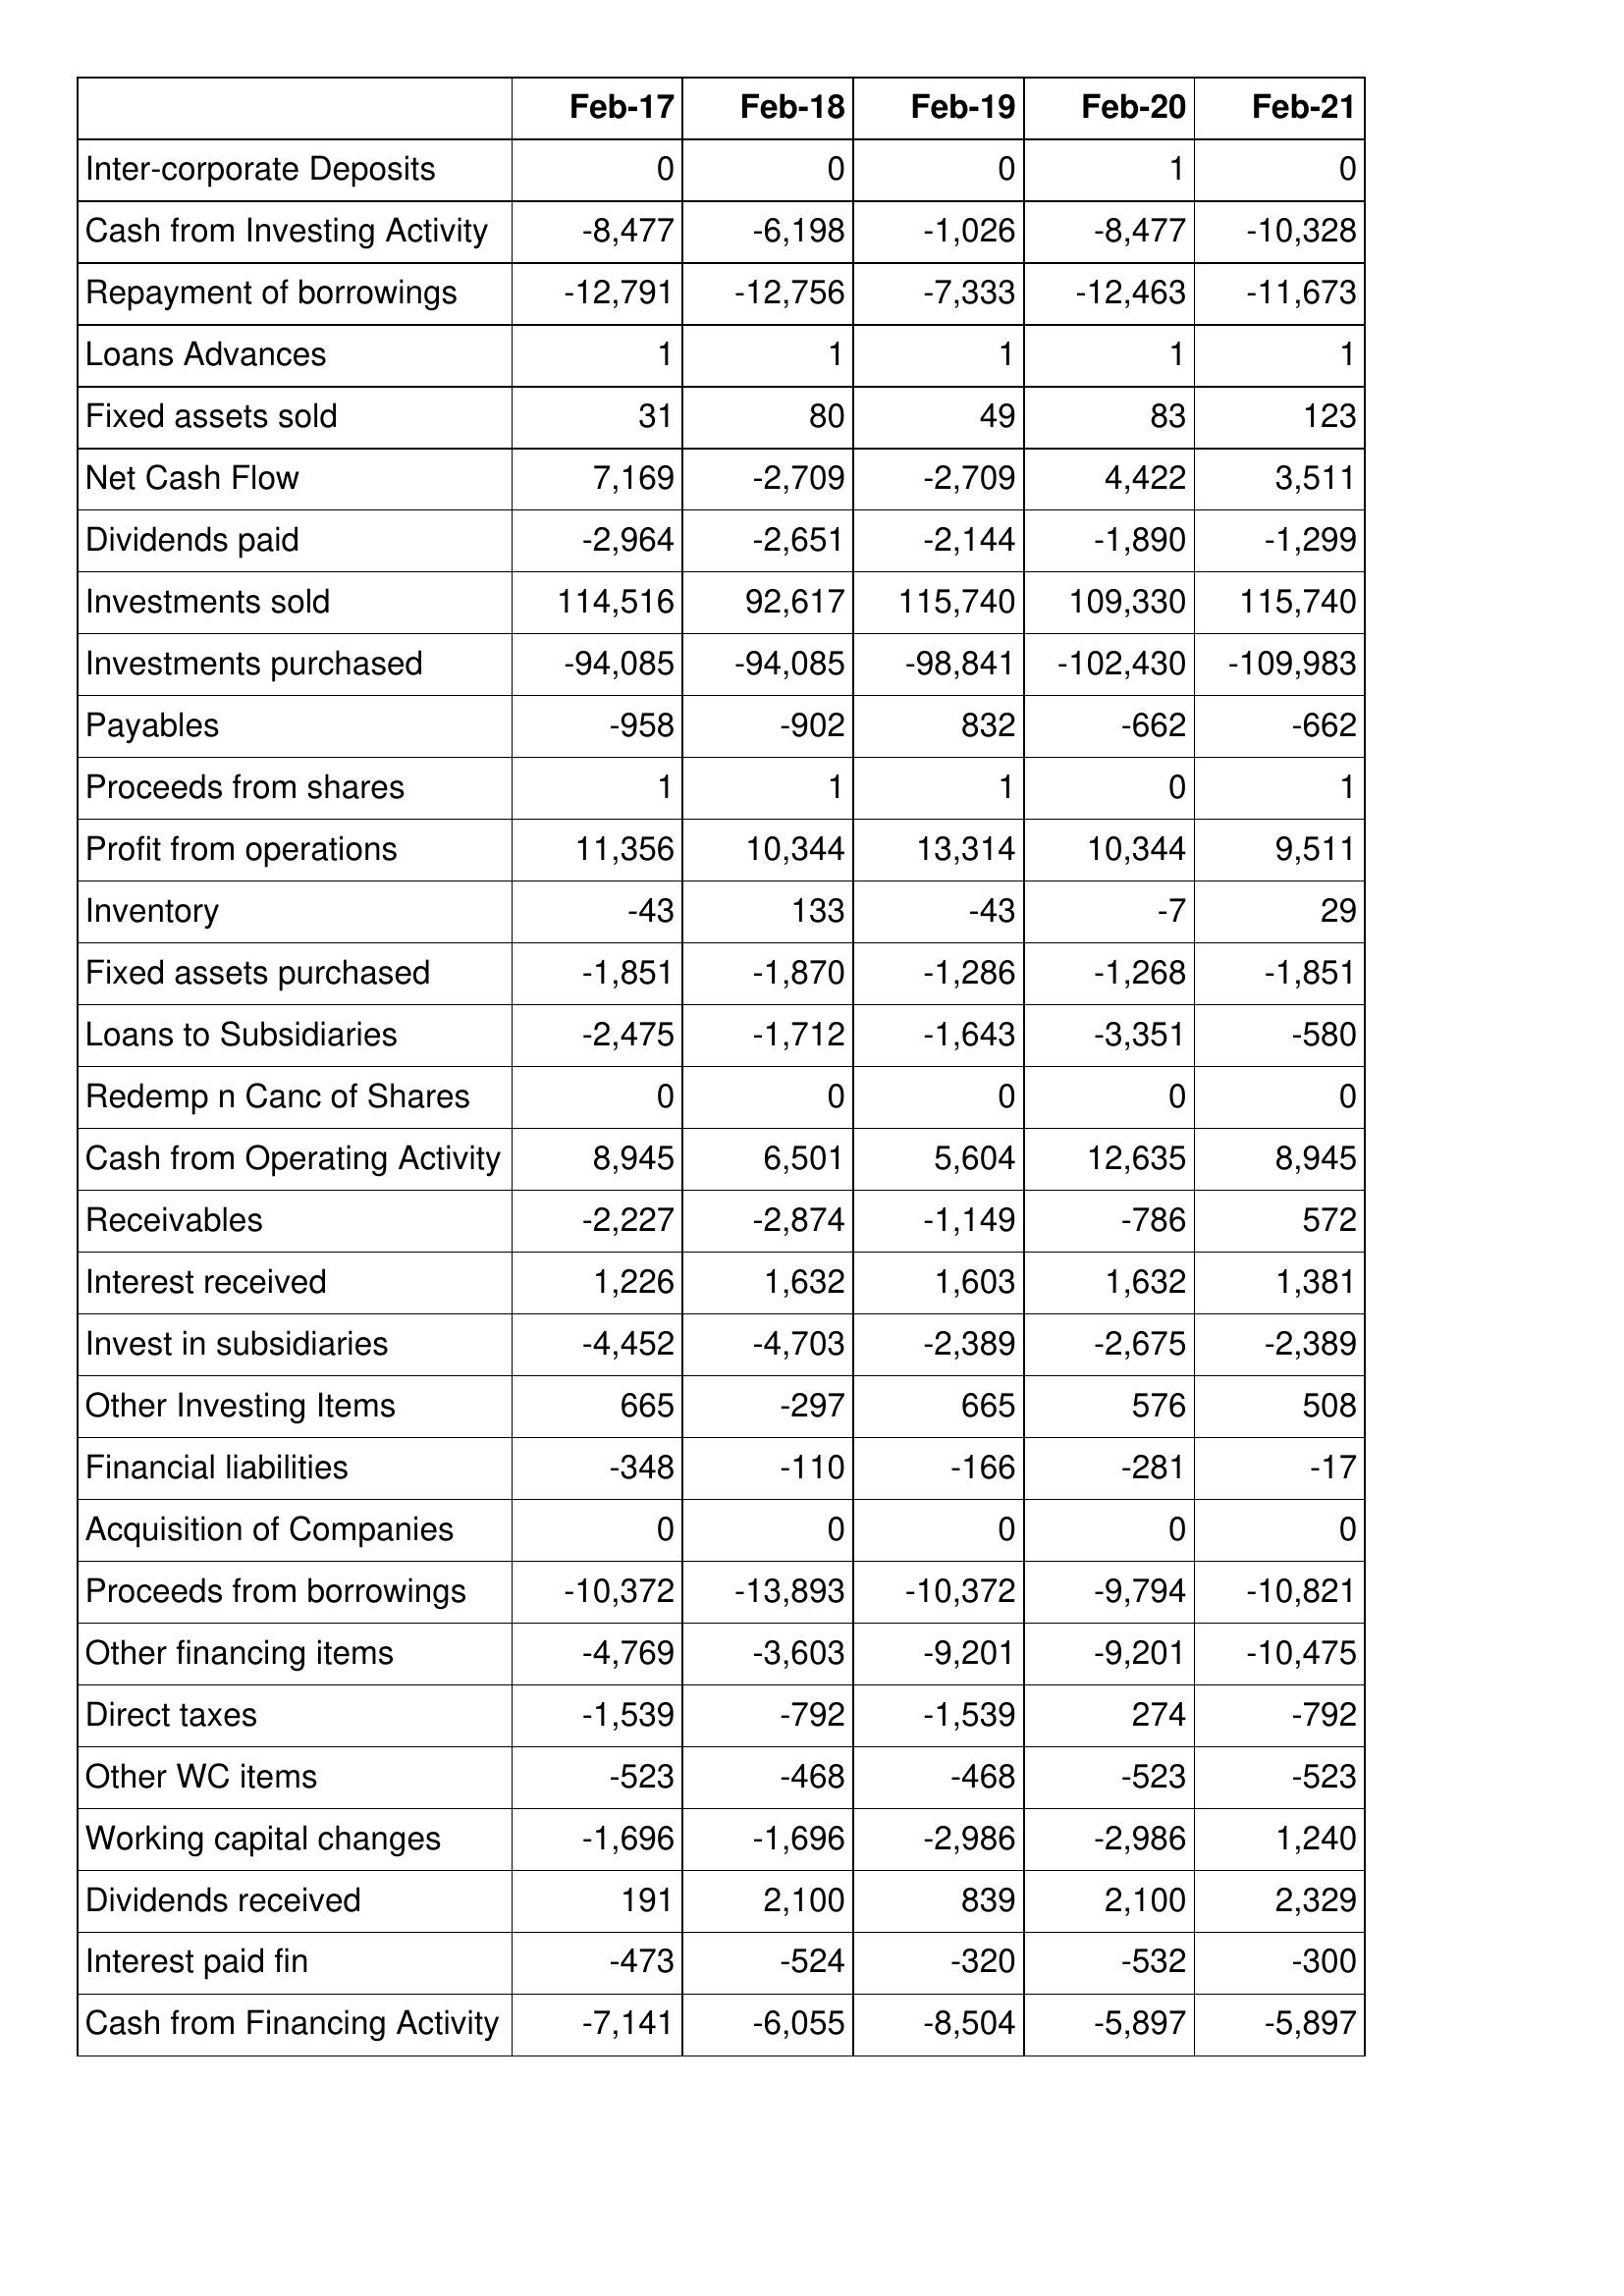
Feb-17: Cash Flows: Inter-corporate Deposits: 0
Cash from Investing Activity: -8,477
Repayment of borrowings: -12,791
Loans Advances: 1
Fixed assets sold: 31
Net Cash Flow: 7,169
Dividends paid: -2,964
Investments sold: 114,516
Investments purchased: -94,085
Payables: -958
Proceeds from shares: 1
Profit from operations: 11,356
Inventory: -43
Fixed assets purchased: -1,851
Loans to Subsidiaries: -2,475
Redemp n Canc of Shares: 0
Cash from Operating Activity: 8,945
Receivables: -2,227
Interest received: 1,226
Invest in subsidiaries: -4,452
Other Investing Items: 665
Financial liabilities: -348
Acquisition of Companies: 0
Proceeds from borrowings: -10,372
Other financing items: -4,769
Direct taxes: -1,539
Other WC items: -523
Working capital changes: -1,696
Dividends received: 191
Interest paid fin: -473
Cash from Financing Activity: -7,141
Feb-18: Cash Flows: Inter-corporate Deposits: 0
Cash from Investing Activity: -6,198
Repayment of borrowings: -12,756
Loans Advances: 1
Fixed assets sold: 80
Net Cash Flow: -2,709
Dividends paid: -2,651
Investments sold: 92,617
Investments purchased: -94,085
Payables: -902
Proceeds from shares: 1
Profit from operations: 10,344
Inventory: 133
Fixed assets purchased: -1,870
Loans to Subsidiaries: -1,712
Redemp n Canc of Shares: 0
Cash from Operating Activity: 6,501
Receivables: -2,874
Interest received: 1,632
Invest in subsidiaries: -4,703
Other Investing Items: -297
Financial liabilities: -110
Acquisition of Companies: 0
Proceeds from borrowings: -13,893
Other financing items: -3,603
Direct taxes: -792
Other WC items: -468
Working capital changes: -1,696
Dividends received: 2,100
Interest paid fin: -524
Cash from Financing Activity: -6,055
Feb-19: Cash Flows: Inter-corporate Deposits: 0
Cash from Investing Activity: -1,026
Repayment of borrowings: -7,333
Loans Advances: 1
Fixed assets sold: 49
Net Cash Flow: -2,709
Dividends paid: -2,144
Investments sold: 115,740
Investments purchased: -98,841
Payables: 832
Proceeds from shares: 1
Profit from operations: 13,314
Inventory: -43
Fixed assets purchased: -1,286
Loans to Subsidiaries: -1,643
Redemp n Canc of Shares: 0
Cash from Operating Activity: 5,604
Receivables: -1,149
Interest received: 1,603
Invest in subsidiaries: -2,389
Other Investing Items: 665
Financial liabilities: -166
Acquisition of Companies: 0
Proceeds from borrowings: -10,372
Other financing items: -9,201
Direct taxes: -1,539
Other WC items: -468
Working capital changes: -2,986
Dividends received: 839
Interest paid fin: -320
Cash from Financing Activity: -8,504
Feb-20: Cash Flows: Inter-corporate Deposits: 1
Cash from Investing Activity: -8,477
Repayment of borrowings: -12,463
Loans Advances: 1
Fixed assets sold: 83
Net Cash Flow: 4,422
Dividends paid: -1,890
Investments sold: 109,330
Investments purchased: -102,430
Payables: -662
Proceeds from shares: 0
Profit from operations: 10,344
Inventory: -7
Fixed assets purchased: -1,268
Loans to Subsidiaries: -3,351
Redemp n Canc of Shares: 0
Cash from Operating Activity: 12,635
Receivables: -786
Interest received: 1,632
Invest in subsidiaries: -2,675
Other Investing Items: 576
Financial liabilities: -281
Acquisition of Companies: 0
Proceeds from borrowings: -9,794
Other financing items: -9,201
Direct taxes: 274
Other WC items: -523
Working capital changes: -2,986
Dividends received: 2,100
Interest paid fin: -532
Cash from Financing Activity: -5,897
Feb-21: Cash Flows: Inter-corporate Deposits: 0
Cash from Investing Activity: -10,328
Repayment of borrowings: -11,673
Loans Advances: 1
Fixed assets sold: 123
Net Cash Flow: 3,511
Dividends paid: -1,299
Investments sold: 115,740
Investments purchased: -109,983
Payables: -662
Proceeds from shares: 1
Profit from operations: 9,511
Inventory: 29
Fixed assets purchased: -1,851
Loans to Subsidiaries: -580
Redemp n Canc of Shares: 0
Cash from Operating Activity: 8,945
Receivables: 572
Interest received: 1,381
Invest in subsidiaries: -2,389
Other Investing Items: 508
Financial liabilities: -17
Acquisition of Companies: 0
Proceeds from borrowings: -10,821
Other financing items: -10,475
Direct taxes: -792
Other WC items: -523
Working capital changes: 1,240
Dividends received: 2,329
Interest paid fin: -300
Cash from Financing Activity: -5,897